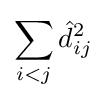
\sum _{i<j}{\hat {d}}_{ij}^{2}